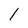
Character: l